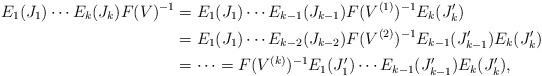
LaTeX: \begin{align*}E_1(J_1)\cdots E_k(J_k)F(V)^{-1}&=E_1(J_1)\cdots E_{k-1}(J_{k-1})F(V^{(1)})^{-1}E_k(J'_k)\\&=E_1(J_1)\cdots E_{k-2}(J_{k-2})F(V^{(2)})^{-1}E_{k-1}(J'_{k-1})E_k(J'_k)\\&=\cdots=F(V^{(k)})^{-1}E_1(J'_1)\cdots E_{k-1}(J'_{k-1})E_k(J'_k),\end{align*}